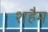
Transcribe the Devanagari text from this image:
शहैम